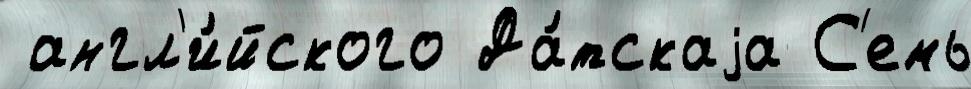
 англ'и́йского Да́тскаjа С'емь